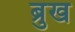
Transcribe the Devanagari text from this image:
ब्रुख